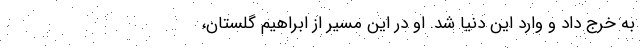
به خرج داد و وارد این دنیا شد. او در این مسیر از ابراهیم گلستان،